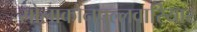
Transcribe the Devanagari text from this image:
सोलाकोनपल्लवारियार